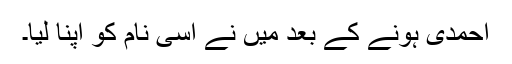
احمدی ہونے کے بعد میں نے اسی نام کو اپنا لیا۔